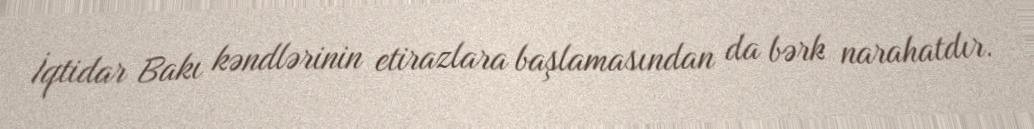
İqtidar Bakı kəndlərinin etirazlara başlamasından da bərk narahatdır.